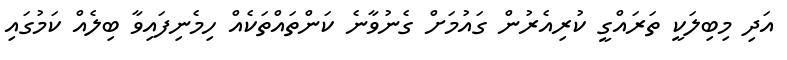
އަދި މިބިލަކީ ތަރައްގީ ކުރިއެރުން ގައުމަށް ގެނުވާނެ ކަންތައްތަކެއް ހިމެނިފައިވާ ބިލެއް ކަމުގައި